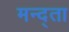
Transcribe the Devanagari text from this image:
मन्द्ता